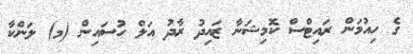
ގެ ހިއުމަން ރައިޓްސް ކޮމިޝަނާ ޒައިދު ރާދު އަލް ހުސައިން (މ) ލަންކާ